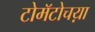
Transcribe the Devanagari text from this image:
टोमॅटोचय़ा